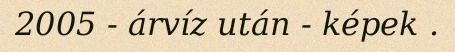
2005 - árvíz után - képek .